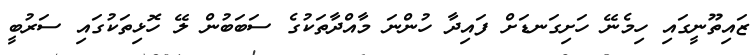
ޒައިތޫނީގައި ހިމެނޭ ހަށިގަނޑަށް ފައިދާ ހުންނަ މާއްދާތަކުގެ ސަބަބުން ލޭ ހޮޅިތަކުގައި ސަރުބީ